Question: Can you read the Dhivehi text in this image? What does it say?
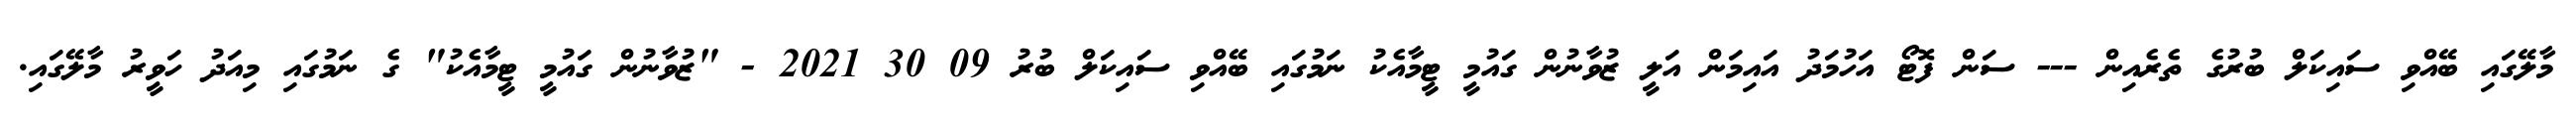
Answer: މާލޭގައި ބޭއްވި ސައިކަލް ބުރުގެ ތެރެއިން --- ސަން ފޮޓޯ އަހުމަދު އައިމަން އަލީ ޒުވާނުން ގައުމީ ޓީމާއެކު ނަމުގައި ބޭއްވި ސައިކަލް ބުރު 09 30 2021 - "ޒުވާނުން ގައުމީ ޓީމާއެކު" ގެ ނަމުގައި މިއަދު ހަވީރު މާލޭގައި.